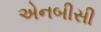
એનબીસી